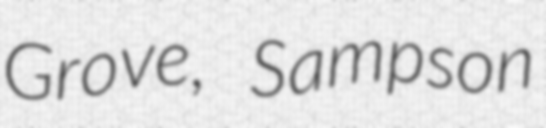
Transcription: Grove, Sampson